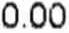
0.00